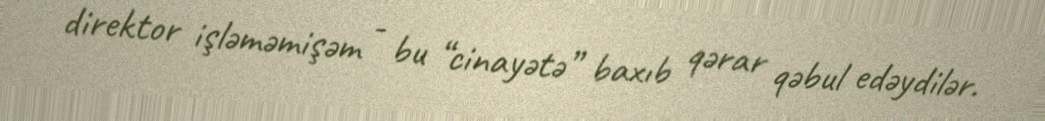
direktor işləməmişəm - bu “cinayətə” baxıb qərar qəbul edəydilər.